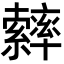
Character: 𦆽